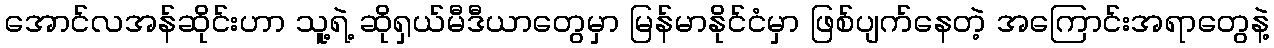
အောင်လအန်ဆိုင်းဟာ သူ့ရဲ့ ဆိုရှယ်မီဒီယာတွေမှာ မြန်မာနိုင်ငံမှာ ဖြစ်ပျက်နေတဲ့ အကြောင်းအရာတွေနဲ့